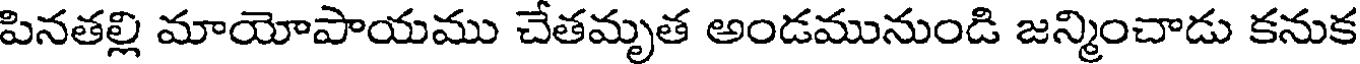
పినతల్లి మాయోపాయము చేతమృత అండమునుండి జన్మించాడు కనుక